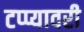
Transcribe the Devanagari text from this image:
टप्प्यावरी